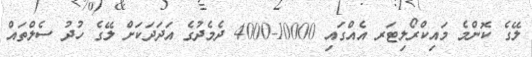
ލޭގެ ކޮންމެ މައިކްރޯލިޓަރ އެއްގައި 10000-4000 ދެމެދުގެ އަދަދަކަށް ލޭގެ ހުދު ސެލްތައް